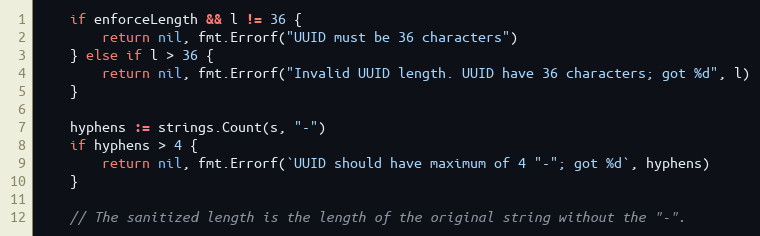
Language: Go
	if enforceLength && l != 36 {
		return nil, fmt.Errorf("UUID must be 36 characters")
	} else if l > 36 {
		return nil, fmt.Errorf("Invalid UUID length. UUID have 36 characters; got %d", l)
	}

	hyphens := strings.Count(s, "-")
	if hyphens > 4 {
		return nil, fmt.Errorf(`UUID should have maximum of 4 "-"; got %d`, hyphens)
	}

	// The sanitized length is the length of the original string without the "-".